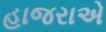
હાજરાએ